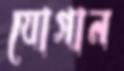
যোগান